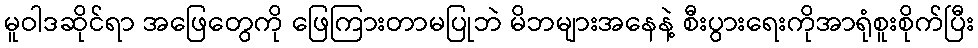
မူဝါဒဆိုင်ရာ အဖြေတွေကို ဖြေကြားတာမပြုဘဲ မိဘများအနေနဲ့ စီးပွားရေးကိုအာရုံစူးစိုက်ပြီး